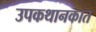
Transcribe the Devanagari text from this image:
उपकथानकात